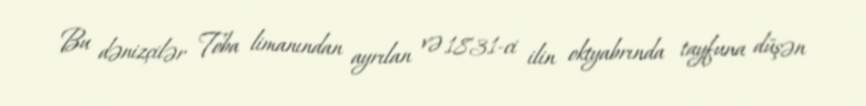
Bu dənizçilər Toba limanından ayrılan və 1831-ci ilin oktyabrında tayfuna düşən